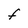
Character: F